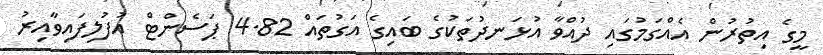
މީގެ އިތުރުން އެއްގަމުގައި ދުއްވާ އުޅަނދުތަކުގެ ބައިގެ އަގުތައް 4.82 ޕަސެންޓް އުފުލިފައިވާއިރު